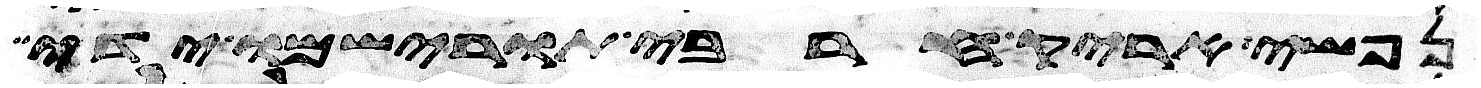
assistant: נפשי אריק חרבי תורישמו ידי